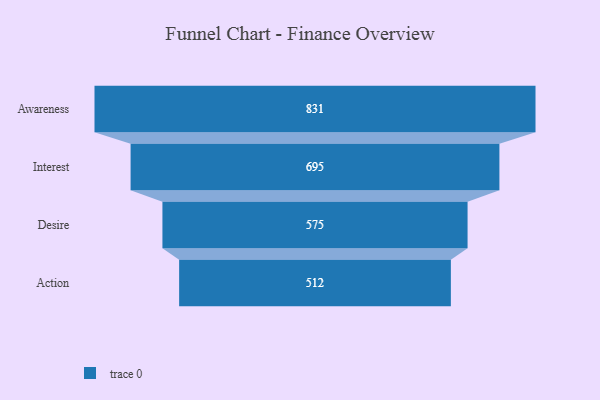
{"axis": {"x": "Stage", "y": "Value"}, "legend": [""], "data": [{"x": "Awareness", "y": 831.0, "type": ""}, {"x": "Interest", "y": 695.0, "type": ""}, {"x": "Desire", "y": 575.0, "type": ""}, {"x": "Action", "y": 512.0, "type": ""}]}